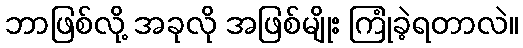
ဘာဖြစ်လို့ အခုလို အဖြစ်မျိုး ကြုံခဲ့ရတာလဲ။